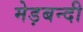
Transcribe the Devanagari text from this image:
मेड़बन्दी